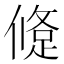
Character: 𨁀